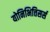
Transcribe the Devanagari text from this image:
योनिभित्तिसर्स